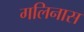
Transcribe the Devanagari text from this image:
गलिनास